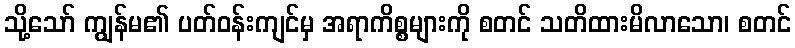
သို့သော် ကျွန်မ၏ ပတ်ဝန်းကျင်မှ အရာကိစ္စများကို စတင် သတိထားမိလာသော၊ စတင်